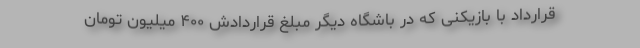
قرارداد با بازیکنی که در باشگاه دیگر مبلغ قراردادش ۴۰۰ میلیون تومان